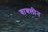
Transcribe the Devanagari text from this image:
वायलीन